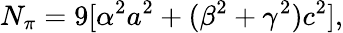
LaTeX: N_{\pi}=9[\alpha^{2}a^{2}+(\beta^{2}+\gamma^{2})c^{2}],